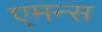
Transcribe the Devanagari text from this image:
एमन्स